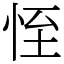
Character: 恎